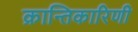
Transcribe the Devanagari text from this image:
क्रान्तिकारिणी